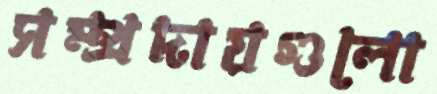
সম্প্রদায়গুলো